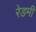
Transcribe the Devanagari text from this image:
रेडमी